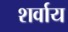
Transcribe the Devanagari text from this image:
शर्वाय